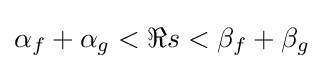
\alpha _{f}+\alpha _{g}<\Re s<\beta _{f}+\beta _{g}